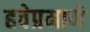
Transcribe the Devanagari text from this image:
हवेप्रमाणे